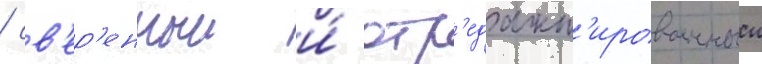
/ св'ер'енныи и́ отр'едакт'ированныи